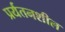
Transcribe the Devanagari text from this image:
प्रर्यतनशील